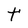
Character: t